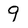
Character: 9